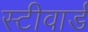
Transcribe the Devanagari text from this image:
स्टीवार्ड